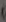
)